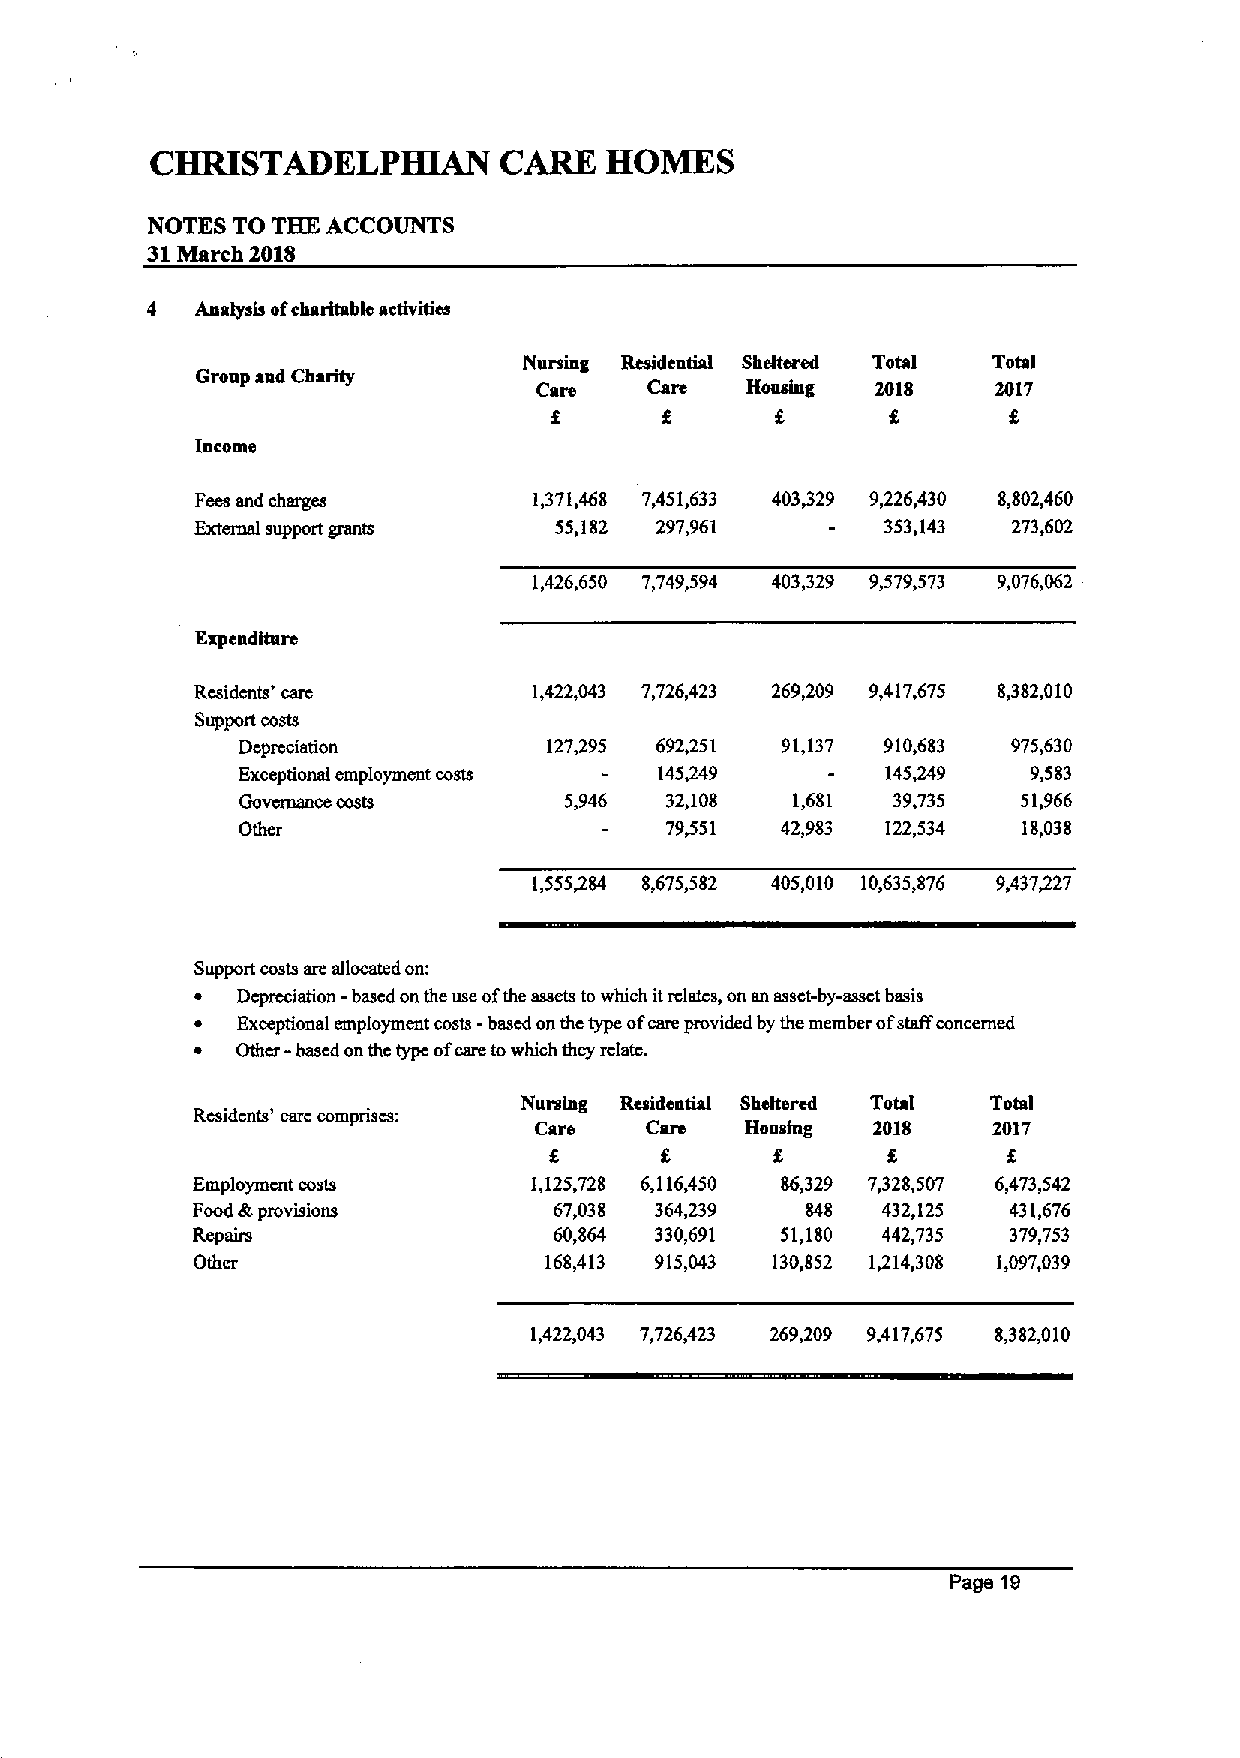
CHRISTADELPHIAN        CARE   HOMES
 NOTES TO THE A.CCOUNTS
 31March 2018
 4  Anah sit ofcharitable activities
 Nursing Residential Sheltered Total Total
 Group aud Charity
 Care   Care  Housing  2018    2017
 f      f
 Income
 Fees and charges      1371,468 7,451,633 403329 9,226,430 8,802,460
 External support grants 55,182 297,961        353,143 273,602
 1,426,650 7,749,594 403,329 9,579,573 9,076,062
 Expenditure
 Rcsidcnts' care       1,422,043 7,726,423 269,209 9,417,675 8,382,010
 Support costs
 Dcprcciation        127395 692451   91,137 910,683 975,630
 Exceptional employment costs 145249        145~9    9,583
 Oovcmance costs      5,946  32,108  1,681  39,735   51,966
 Other                       79351   42,983 122,534  18,038
 1,555484 8,675,582 405,010 10,635,876 9,437427
 Support costs are allocated on:
 ~  Depreciation - based on the use ofthe assets to which itrclatcs, on an asset-by-asset basis
 ~  Exceptional employment costs -based onthe type ofcare provided by the member ofstaffconcerned
 ~  Other - based on thc type ofcare towhich they rclatc.
 Nursing Resideatial Sheltered Total Total
 Residents' care comprises:
 Care    Care  Housing  2018    2017
 f
 8              8
 Employmcnt costs      1,125,728 6,116,450 86,329 7,328,507 6,473,542
 Food ttt provisions     67,038 364,239  848  432,125  431,676
 Repairs                 60,864 330,691 51,180 442,735 379,753
 Other                  168,413 915,043 130,852 1214,308 1,097,039
 1,422,043 7,726,423 269,209 9,417,675 8,382,010
 Page 10